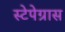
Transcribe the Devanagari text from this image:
स्टेपेग्रास